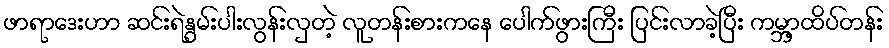
ဖာရာဒေးဟာ ဆင်းရဲနွမ်းပါးလွန်းလှတဲ့ လူတန်းစားကနေ ပေါက်ဖွားကြီး ပြင်းလာခဲ့ပြီး ကမ္ဘာ့ထိပ်တန်း